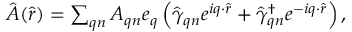
\begin{array} { r } { \hat { \boldsymbol { A } } ( \hat { \boldsymbol { r } } ) = \sum _ { \boldsymbol { q } n } { \cal A } _ { \boldsymbol { q } n } \boldsymbol { e } _ { \boldsymbol { q } } \left( \hat { \gamma } _ { \boldsymbol { q } n } e ^ { i \boldsymbol { q } \cdot \hat { \boldsymbol { r } } } + \hat { \gamma } _ { \boldsymbol { q } n } ^ { \dagger } e ^ { - i \boldsymbol { q } \cdot \hat { \boldsymbol { r } } } \right) , } \end{array}